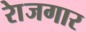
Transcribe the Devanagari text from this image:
राेजगार